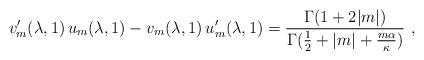
LaTeX: \begin{align*} v'_m(\lambda,1)\, u_m(\lambda,1)- v_m(\lambda,1)\, u'_m(\lambda,1) = \frac{ \Gamma(1+2 |m|)}{\Gamma(\frac 12+|m|+\frac{m\alpha}{\kappa})}\ ,\end{align*}